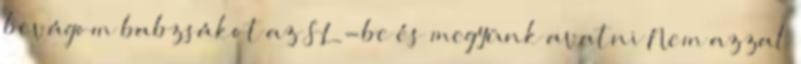
bevágom babzsákot az SL-be és megyünk avatni Nem azzal